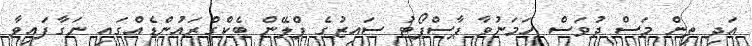
އަދި ތިން މަސް ދުވަސް ހަމަނުވާ ޕާސްޕޯޓު ސައިޒުގެ ޕްލޭން ބެކްގްރައުންޑެއްގައި ނަގާފައިވާ